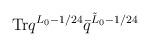
LaTeX: \begin{align*}{\rm Tr} q^{L_0 - 1/24} \bar q^{\tilde L_0 - 1/24}\end{align*}